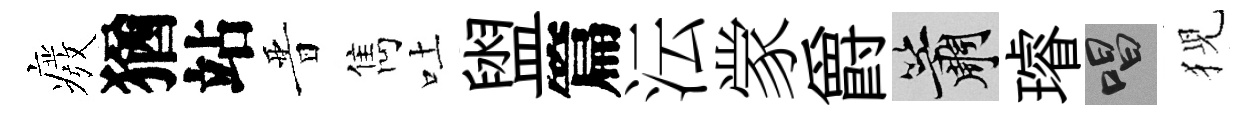
癈猶站晋雋吐盥篇沄䝉爵簫璿唱猊